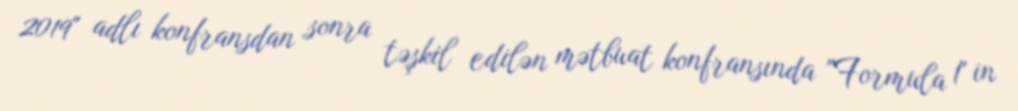
2019" adlı konfransdan sonra təşkil edilən mətbuat konfransında "Formula 1" in